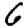
Digit: 6